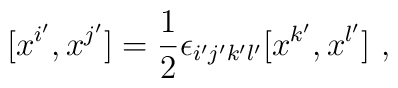
[x^{i'}, x^{j'} ] = \frac{1}{2}\epsilon_{i'j'k'l'}[x^{k'},x^{l'}]~,